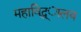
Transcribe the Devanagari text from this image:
महाविद्ध्ालय